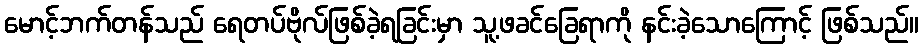
မောင့်ဘက်တန်သည် ရေတပ်ဗိုလ်ဖြစ်ခဲ့ရခြင်းမှာ သူ့ဖခင်ခြေရာကို နင်းခဲ့သောကြောင့် ဖြစ်သည်။